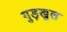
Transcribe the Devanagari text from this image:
गुड़खुल